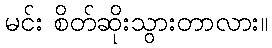
မင်း စိတ်ဆိုးသွားတာလား။